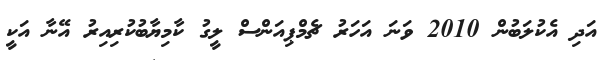
އަދި އެކުލަބުން 2010 ވަނަ އަހަރު ޗެމްޕިއަންސް ލީގު ކާމިޔާބުކުރިއިރު އޭނާ އަކީ